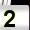
Digit: 2